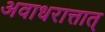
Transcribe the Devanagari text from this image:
अवाधरात्तात्